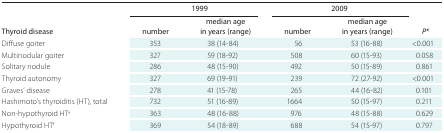
|  | <COLSPAN=2> 1999 | <COLSPAN=2> 2009 |  |
 | Thyroid disease | number | median age in years (range) | number | median age in years (range) | P* |
 | --- | --- | --- | --- | --- | --- |
 | Diffuse goiter | 353 | 38 (14-84) | 56 | 53 (16-88) | <0.001 |
 | Multinodular goiter | 327 | 59 (18-92) | 508 | 60 (15-93) | 0.058 |
 | Solitary nodule | 286 | 48 (15-90) | 492 | 50 (15-89) | 0.861 |
 | Thyroid autonomy | 327 | 69 (19-91) | 239 | 72 (27-92) | <0.001 |
 | Graves’ disease | 278 | 41 (15-78) | 265 | 44 (16-82) | 0.101 |
 | Hashimoto’s thyroiditis (HT), total | 732 | 51 (16-89) | 1664 | 50 (15-97) | 0.211 |
 | Non-hypothyroid HT† | 363 | 48 (16-88) | 976 | 48 (15-88) | 0.629 |
 | Hypothyroid HT† | 369 | 54 (18-89) | 688 | 54 (15-97) | 0.797 |